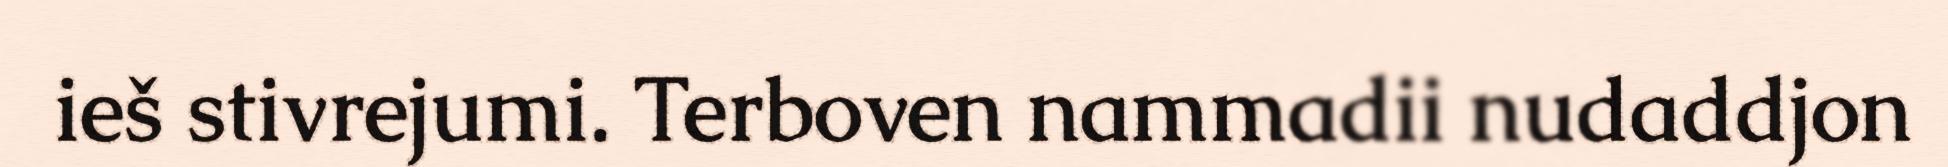
ieš stivrejumi. Terboven nammadii nudaddjon